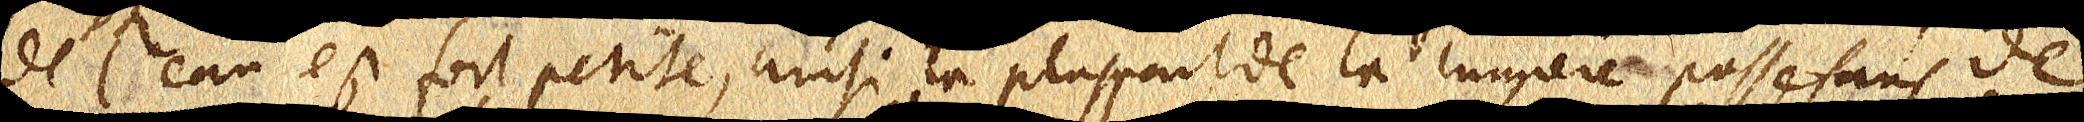
de l’eau est fort petite, ainsi la pluspart de la lumiere passe sans de